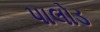
પાલોડ